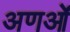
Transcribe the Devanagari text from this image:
अणओं